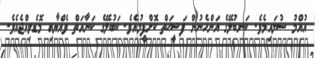
އުއްމު ސުލައިމެވެ. ކަނބުލޭގެ އަންހެނުން ފަޟީޙަތް ކޮށްފީމުއެވެ. ކަބުލޭގެ ކަނާއަތް ވެއްޔާއި މޮޑެވިއްޖެއެވެ.